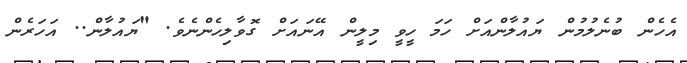
އެހެން ބުނެލުމުން ޔައުލާންއަށް ހަމަ ހީވީ މިލީން އޭނައަށް ގޮވާލިހެންނެވެ. "ޔައުލާން.. އަހަރެން